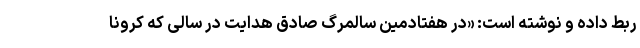
ربط داده و نوشته است: «در هفتادمین سالمرگ صادق هدایت در سالی که کرونا